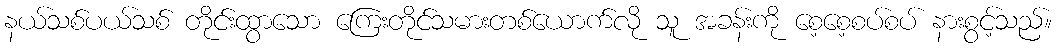
နယ်သစ်ပယ်သစ် တိုင်းထွာသော ကြေးတိုင်သမားတစ်ယောက်လို သူ အခန်းကို စေ့စေ့စပ်စပ် နားစွင့်သည်။